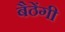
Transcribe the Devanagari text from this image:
बैठेंगी